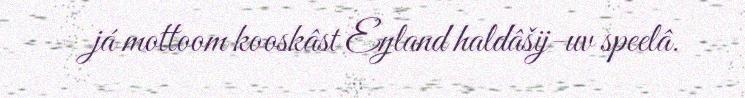
já mottoom kooskâst Eŋland haldâšij-uv speelâ.